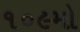
૧૦૯મો